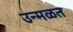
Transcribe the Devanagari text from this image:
उन्मळत